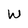
Character: W